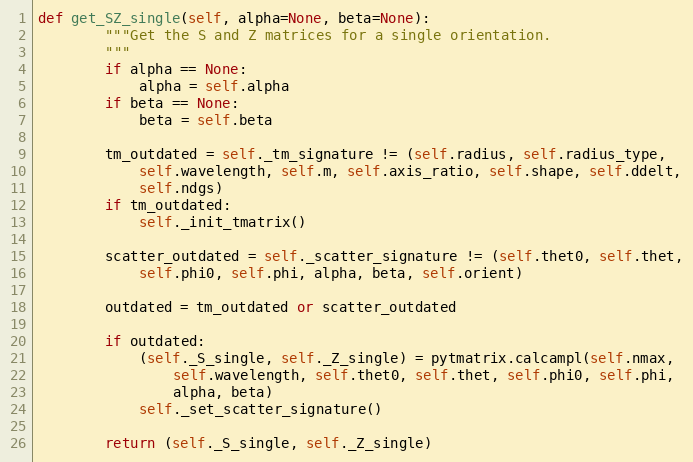
Language: Python
def get_SZ_single(self, alpha=None, beta=None):
        """Get the S and Z matrices for a single orientation.
        """
        if alpha == None:
            alpha = self.alpha
        if beta == None:
            beta = self.beta

        tm_outdated = self._tm_signature != (self.radius, self.radius_type,
            self.wavelength, self.m, self.axis_ratio, self.shape, self.ddelt,
            self.ndgs)
        if tm_outdated:
            self._init_tmatrix()

        scatter_outdated = self._scatter_signature != (self.thet0, self.thet,
            self.phi0, self.phi, alpha, beta, self.orient)

        outdated = tm_outdated or scatter_outdated

        if outdated:
            (self._S_single, self._Z_single) = pytmatrix.calcampl(self.nmax,
                self.wavelength, self.thet0, self.thet, self.phi0, self.phi,
                alpha, beta)
            self._set_scatter_signature()

        return (self._S_single, self._Z_single)